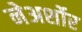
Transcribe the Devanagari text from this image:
नेअर्शोर